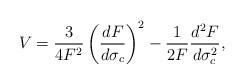
LaTeX: \begin{align*}V=\frac{3}{4F^2}\left(\frac{dF}{d\sigma_c}\right)^2-\frac{1}{2F}\frac{d^2F}{d\sigma^2_c},\end{align*}